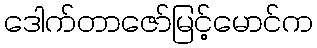
ဒေါက်တာဇော်မြင့်မောင်က